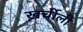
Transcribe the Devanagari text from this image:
ख़र्चीली